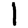
Digit: 1